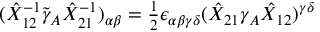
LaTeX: ( \hat { { \cal X } } _ { 1 2 } ^ { - 1 } \tilde { \gamma } _ { A } \hat { { \cal X } } _ { 2 1 } ^ { - 1 } ) _ { \alpha \beta } = \textstyle { \frac { 1 } { 2 } } \epsilon _ { \alpha \beta \gamma \delta } ( \hat { { \cal X } } _ { 2 1 } \gamma _ { A } \hat { { \cal X } } _ { 1 2 } ) ^ { \gamma \delta }